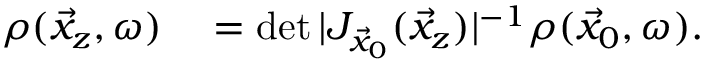
\begin{array} { r l } { \boldsymbol { \rho } ( \vec { x } _ { z } , \omega ) } & { { } = \operatorname* { d e t } | J _ { \vec { x } _ { 0 } } ( \vec { x } _ { z } ) | ^ { - 1 } \boldsymbol { \rho } ( \vec { x } _ { 0 } , \omega ) . } \end{array}